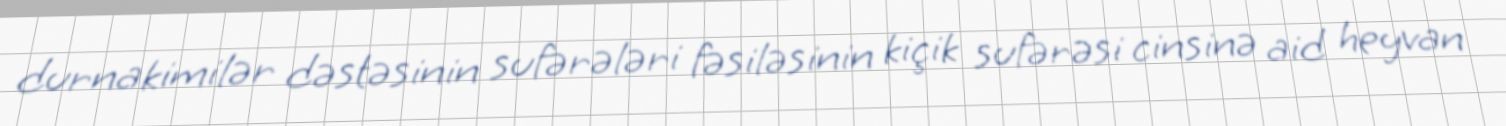
durnakimilər dəstəsinin sufərələri fəsiləsinin kiçik sufərəsi cinsinə aid heyvan